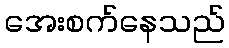
အေးစက်နေသည်